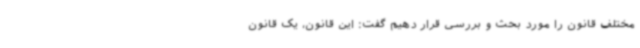
مختلف قانون را مورد بحث و بررسی قرار دهیم گفت: این قانون، یک قانون